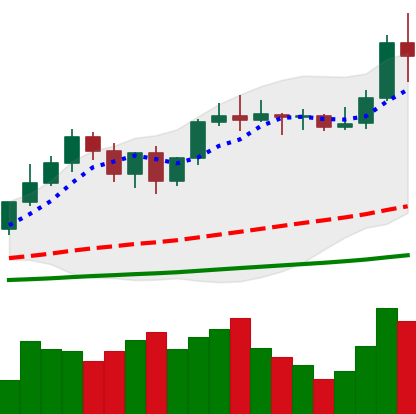
Ticker: LTC-USD
Chart end date: 2021-01-04
Forward return: 14.648%
Label: up_7plus